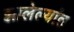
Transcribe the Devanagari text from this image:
झालेल्‍यांत